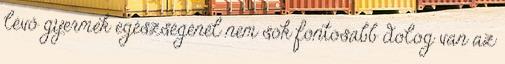
lévő gyermek egészségénél nem sok fontosabb dolog van az